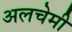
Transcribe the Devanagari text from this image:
अलचेमी